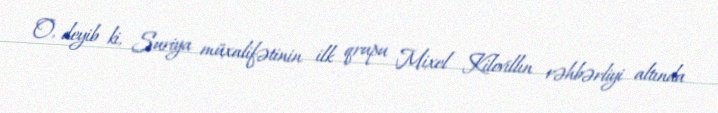
O, deyib ki, Suriya müxalifətinin ilk qrupu Mixel Kilovillın rəhbərliyi altında